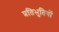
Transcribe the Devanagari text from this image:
प्रतिभुतियों